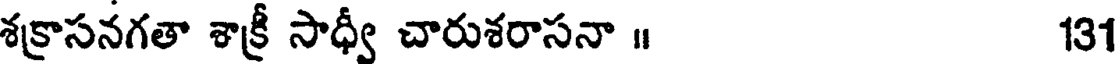
శక్రాసనగతా శాక్రీ సాధ్వీ చారుశరాసనా ॥ 131